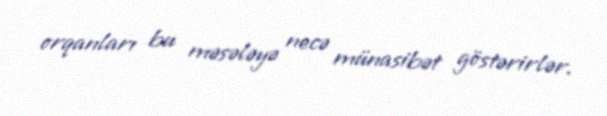
orqanları bu məsələyə necə münasibət göstərirlər.